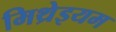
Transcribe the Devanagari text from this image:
मिथ्रेइयम